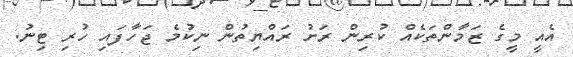
އެއީ މީގެ ޒަމާންތަކެއް ކުރިން ރަށު ރައްޔިތުން ނިކުމެ ޖަހާފައި ހުރި ޓިނު.